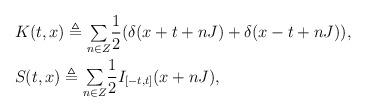
LaTeX: \begin{align*}\begin{aligned}& K(t,x)\triangleq {\textstyle\sum\limits_{n \in Z}}\frac{1}{2}(\delta(x+t+nJ)+\delta(x-t+nJ)), \\& S(t,x)\triangleq {\textstyle\sum\limits_{n \in Z}}\frac{1}{2}I_{[-t,t]}(x+nJ), \end{aligned}\end{align*}